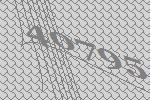
40795